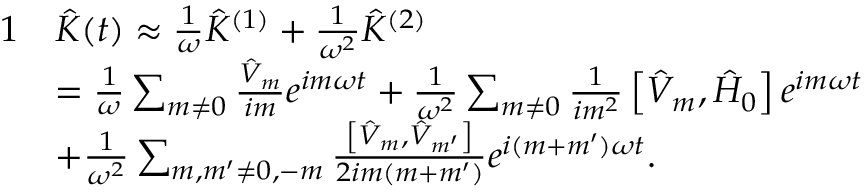
\begin{array} { r l } { { 1 } } & { \hat { K } ( t ) \approx \frac { 1 } { \omega } \hat { K } ^ { ( 1 ) } + \frac { 1 } { \omega ^ { 2 } } \hat { K } ^ { ( 2 ) } } \\ & { = \frac { 1 } { \omega } \sum _ { m \neq 0 } \frac { \hat { V } _ { m } } { i m } e ^ { i m \omega t } + \frac { 1 } { \omega ^ { 2 } } \sum _ { m \neq 0 } \frac { 1 } { i m ^ { 2 } } \left[ \hat { V } _ { m } , \hat { H } _ { 0 } \right] e ^ { i m \omega t } } \\ & { + \frac { 1 } { \omega ^ { 2 } } \sum _ { m , m ^ { \prime } \neq 0 , - m } \frac { \left[ \hat { V } _ { m } , \hat { V } _ { m ^ { \prime } } \right] } { 2 i m ( m + m ^ { \prime } ) } e ^ { i ( m + m ^ { \prime } ) \omega t } . } \end{array}